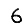
Digit: 6